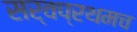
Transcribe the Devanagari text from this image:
सर्वप्रथमच